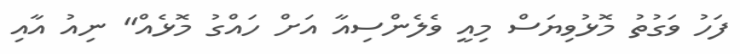
ފަހު ވަގުތު މޮޅުވިޔަސް މިއީ ވެލެންސިއާ އަށް ހައްގު މޮޅެއް" ނިއު އާއި